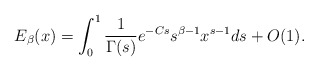
\begin{align*} E_{\beta}(x)=\int_{0}^{1}\frac{1}{\Gamma(s)}e^{-Cs}s^{\beta-1}x^{s-1}ds+O(1).\end{align*}